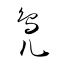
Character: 鳬